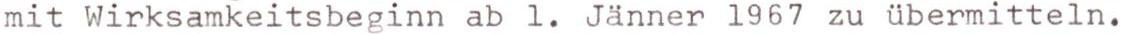
mit Wirksamkeitsbeginn ab l. Jänner 1967 zu übermitteln.